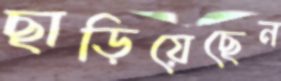
ছাড়িয়েছেন